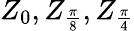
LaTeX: Z_{0},Z_{\frac{\pi}{8}},Z_{\frac{\pi}{4}}